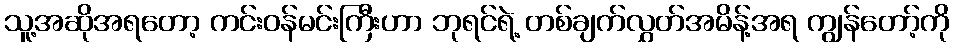
သူ့အဆိုအရတော့ ကင်းဝန်မင်းကြီးဟာ ဘုရင်ရဲ့ တစ်ချက်လွှတ်အမိန့်အရ ကျွန်တော့်ကို